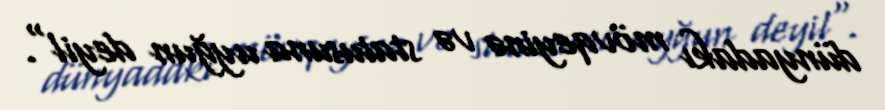
dünyadakı mövqeyinə və statusuna uyğun deyil".